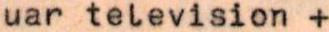
uar television +